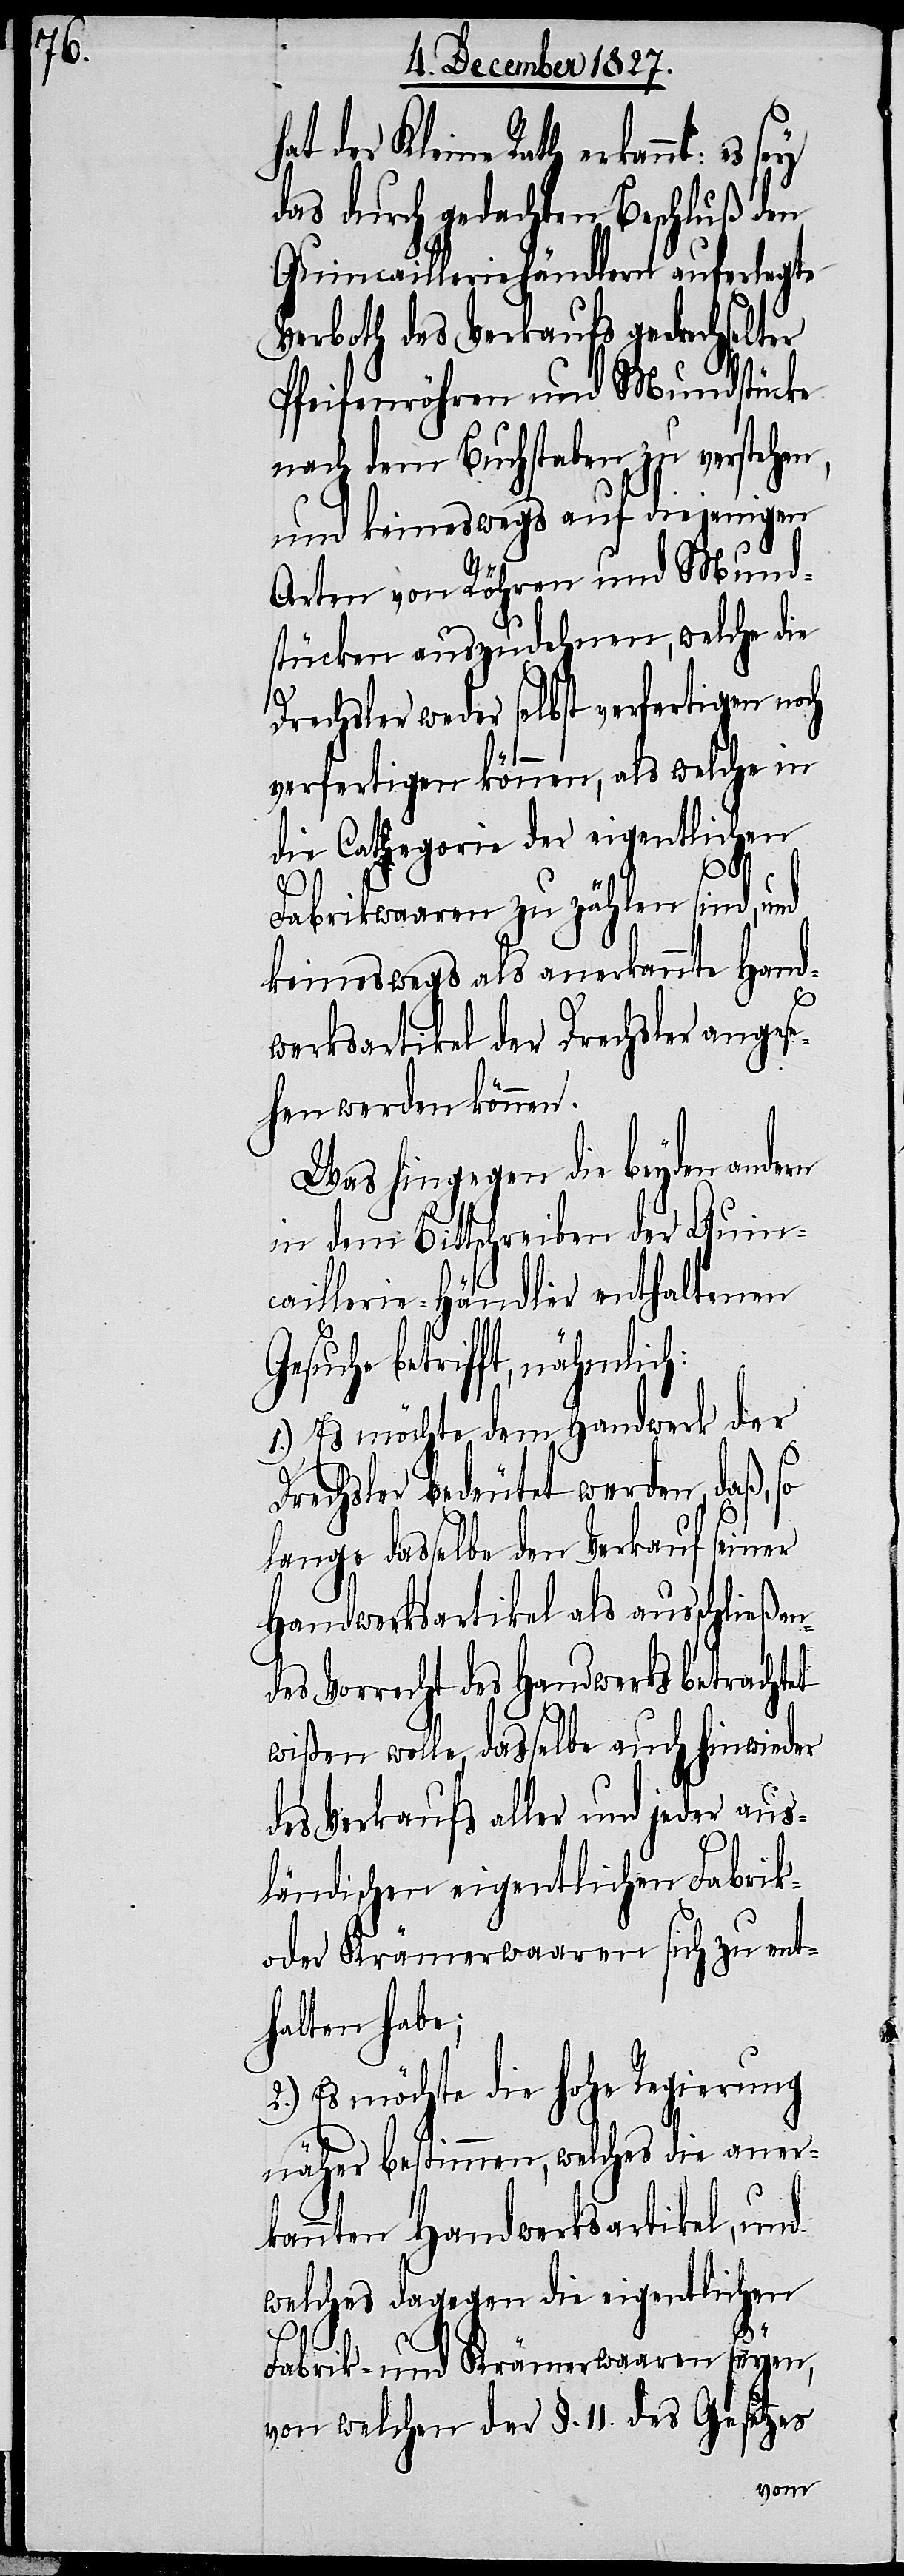
hat der Kleine Rath erkannt: es
das durch gedachten Beschluß den
Quincailleriehändlern auferlegte
Verboth des Verkaufs gedrechselter
Pfeifenröhren und Mundstücke
nach dem Buchstaben zu verstehen,
und keineswegs auf diejenigen
Arten von Röhren und Mund¬
stücken auszudehnen, welche die
Drechsler weder selbst verfertigen noch
verfertigen können, als welche in
die Cathegorie der eigentlichen
Fabrikwaaren zu zählen sind, und
keineswegs als anerkannte Hand¬
werkartikel der Drechsler anges¬
ehen werden können.
Was hingegen die beyden andern
in dem Bittschreiben der Quin¬
caillerie-Händler enthaltenen
Gesuche betrifft, nähmlich:
1.) Es möchte dem Handwerk der
Drechsler bedeutet werden, daß,
lange dasselbe den Verkauf seiner
Handwerksartikel als ausschließen¬
des Vorrecht des Handwerks betrachtet
wißen wolle, dasselbe auch hinwieder
des Verkaufs aller und jeder aus¬
ländischen eigentlichen Fabrik-
oder Krämerwaaren sich zu ent¬
halten habe;
2.) Es möchte die hohe Regierung
näher bestimmen, welches die aner¬
kannten Handwerksartikel, und
welches dagegen die eigentlichen
Fabrik- und Krämerwaaren seyen,
von welchen der §. 11. des Gesetzes